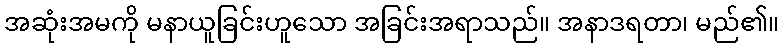
အဆုံးအမကို မနာယူခြင်းဟူသော အခြင်းအရာသည်။ အနာဒရတာ၊ မည်၏။